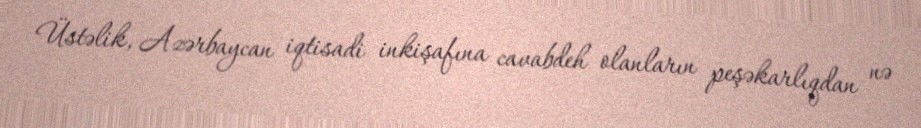
Üstəlik, Azərbaycan iqtisadi inkişafına cavabdeh olanların peşəkarlıqdan nə